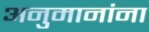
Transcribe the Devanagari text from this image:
अनुमानांना